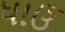
ધાઉ